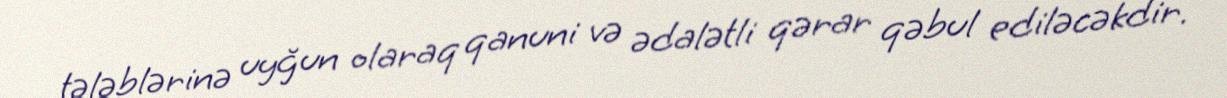
tələblərinə uyğun olaraq qanuni və ədalətli qərar qəbul ediləcəkdir.